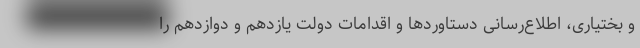
و بختیاری، اطلاع‌رسانی دستاوردها و اقدامات دولت یازدهم و دوازدهم را